Civil Veterinary Dept. Bombay admin report 1923-31 - 1923-1931
Year: 1923
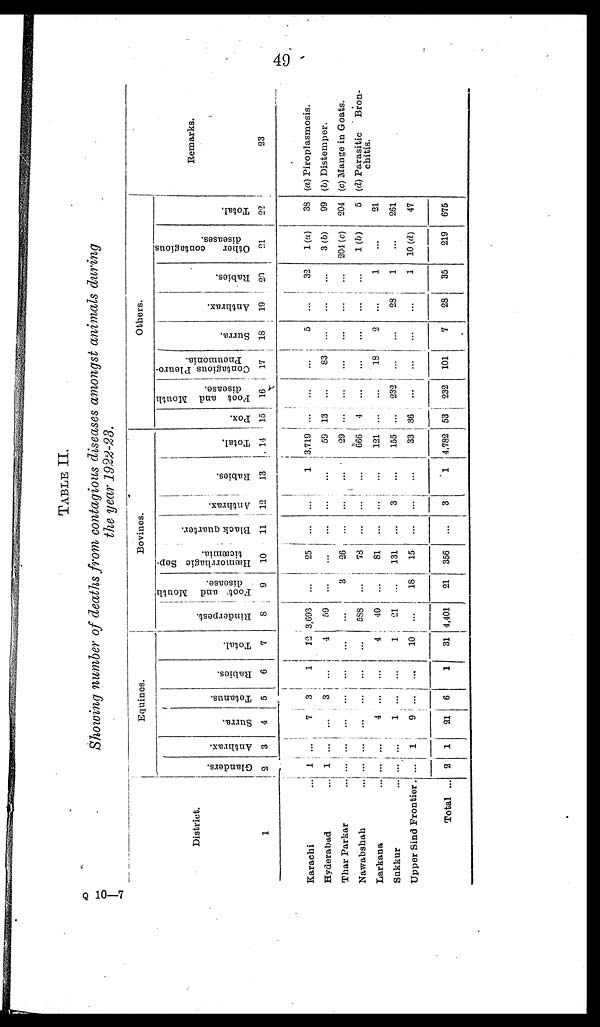
49
TABLE II.
Showing number of deaths from contagious diseases amongst animals during
the year 1922-23.
District.
1
Karachi ...
Hyderabad ...
Thar Parkar ...
Nawabshah ...
Larkana ...
Sukkur ...
Upper Sind Frontier.
Total ...
Equines.
Glanders.
2
1
1
...
...
...
...
...
2
Anthrax.
3
...
...
...
....
...
...
1
1
Surra.
4
7
...
...
...
4
1
9
21
Tetanus.
5
3
3
...
...
...
...
...
6
Rabies.
6
1
...
...
...
...
...
...
1
Total.
7
12
4
...
...
4
1
10
31
Bovines.
Rinderpest.
8
3,693
59
...
588
40
21
...
4,401
Foot and Mouth
disease.
9
...
...
3
...
...
...
18
21
Hæmorrhagic Sep-
ticæmia.
10
25
...
26
73
81
131
15
356
Black Quarter.
11
...
...
...
...
...
...
...
...
Anthrax.
i 12
...
...
...
...
...
3
...
3
Rabies.
13
1
...
...
...
...
...
...
1
Total.
14
3,719
59
29
666
121
155
33
4,782
Others.
Pox.
15
...
13
...
4
...
...
36
53
Foot and Mouth
disease.
16
...
...
...
...
...
232
...
232
Contagious Pleuro-
pneumonia.
17
...
83
...
...
18
...
...
101
Surra.
18
5
...
...
...
2
...
...
7
Anthrax.
19
...
...
...
...
...
28
...
28
Rabies.
20
32
...
...
...
1
1
1
35
Other
contagious
diseases.
21
1(a)
3(b)
204 (c)
1(b)
...
...
10 (d)
219
Total.
22
38
99
204
5
21
261
47
675
Remarks.
23
(a) Piroplasmosis.
(b) Distemper.
(c) Mange in Goats.
(d) Parasitic
Bron-
chitis.
Q 10—7